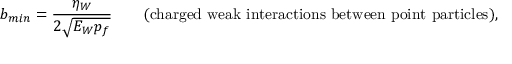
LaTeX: b _ { m i n } = \frac { \eta _ { W } } { 2 \sqrt { E _ { W } p _ { f } } } \qquad \mathrm { ( c h a r g e d ~ w e a k ~ i n t e r a c t i o n s ~ b e t w e e n ~ p o i n t ~ p a r t i c l e s ) , }